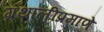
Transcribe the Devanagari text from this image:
ग्रंथालीप्रमाणे